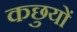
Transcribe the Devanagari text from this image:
कछुयों